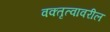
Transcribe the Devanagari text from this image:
वक्तृत्वावरील